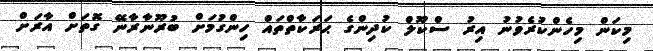
މިކަން މިހެންކުރެވުނު އިރު ސްކޫލް ކުދިންގެ ޙަރަކާތްތައް ހިންގުމަށް ބުރޫނާރާނޭ ގޮތަށް އާރަށް